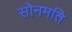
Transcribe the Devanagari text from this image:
सोनमति